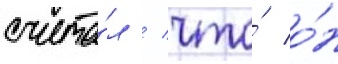
счита́л / что́ о́н